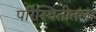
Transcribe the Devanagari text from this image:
परिस्थितीतला